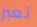
تعبر